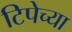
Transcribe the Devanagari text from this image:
टिपेच्या